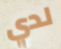
لدي